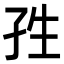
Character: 𭒿